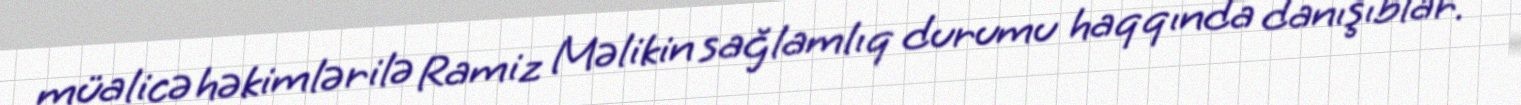
müalicə həkimlərilə Ramiz Məlikin sağlamlıq durumu haqqında danışıblar.